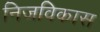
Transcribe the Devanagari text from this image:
निजविकास